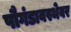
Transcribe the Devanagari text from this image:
पौगंडावस्थेवर